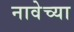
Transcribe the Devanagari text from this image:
नावेच्या